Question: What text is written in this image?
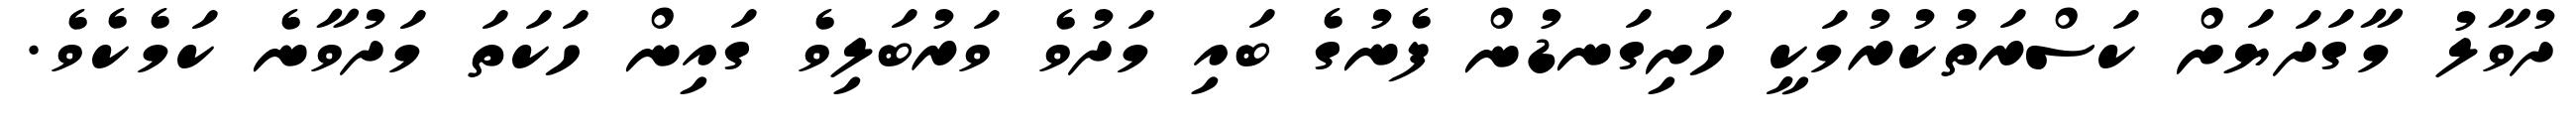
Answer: ދުވާލު މާގަދަޔަށް ކަސްރަތުކުރުމަކީ ހަށިގަނޑުން ފެނުގެ ބައި މަދުވެ ވަރުބަލިވެ ގައިން ހަކަތަ މަދުވާނެ ކަމެކެވެ.